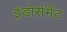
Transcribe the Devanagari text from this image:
इंडोर्समेंट